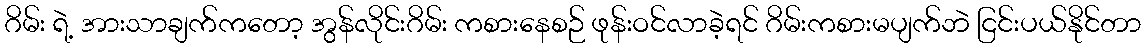
ဂိမ်း ရဲ့ အားသာချက်ကတော့ အွန်လိုင်းဂိမ်း ကစားနေစဉ် ဖုန်းဝင်လာခဲ့ရင် ဂိမ်းကစားမပျက်ဘဲ ငြင်းပယ်နိုင်တာ